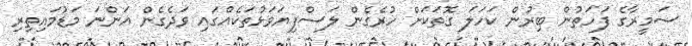
ސަމީރާގެ ފަހަތުން ބިރުން ކަހަލަ ގޮތަކަށް ހުރެގެން ލަސްފިޔަވަޅުތަކެއްގައި ވަދެގެން އަންނަ މަޑުމައިތިރި